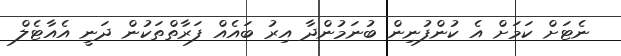
ނެޓަށް ކަމަށް އެ ކުންފުނިން ބުނަމުންދާ އިރު ބައެއް ފަރާތްތަކުން ދަނީ އެއާޓެލް